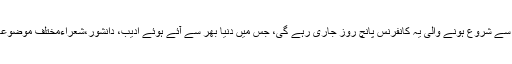
خیال رہے کہ 21 دسمبر سے شروع ہونے والی یہ کانفرنس پانچ روز جاری رہے گی، جس میں دُنیا بھر سے آئے ہوئے ادیب، دانشور،شعراءمختلف موضوعات پر مقالات پیش کریں ۔